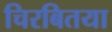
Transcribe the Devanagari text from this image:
चिरबितया